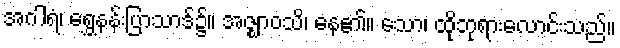
အဂါရံ၊ ရွှေနန်းပြာသာဒ်၌။ အဇ္ဈာဝသိ၊ နေ၏။ သော၊ ထိုဘုရားလောင်းသည်။